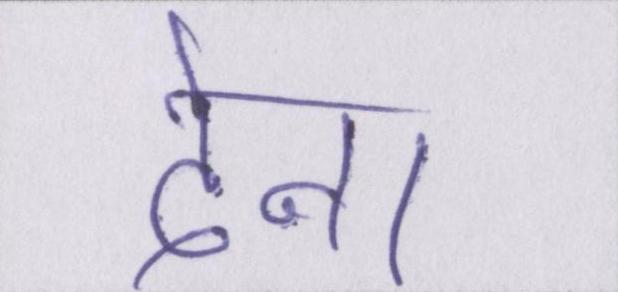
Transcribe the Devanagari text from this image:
देना।